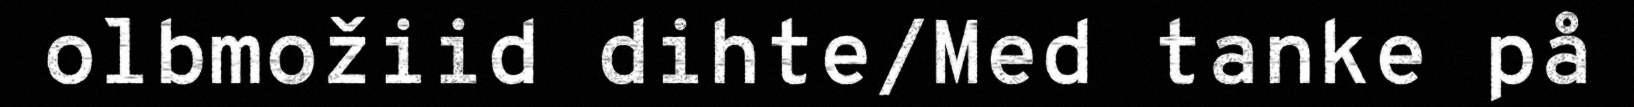
olbmožiid dihte/Med tanke på